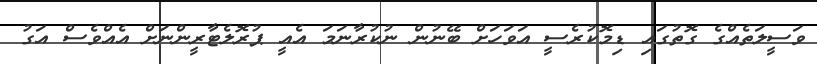
ވަސީލަތެއްގެ ގޮތުގައި ޑިމޮކުރެސީ އަވަހަށް ބޭނުން ނުކުރާނަމަ އެއީ ޕުރޮލެޓާރީންނަށް އެއްވެސް އަގު